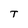
Character: T